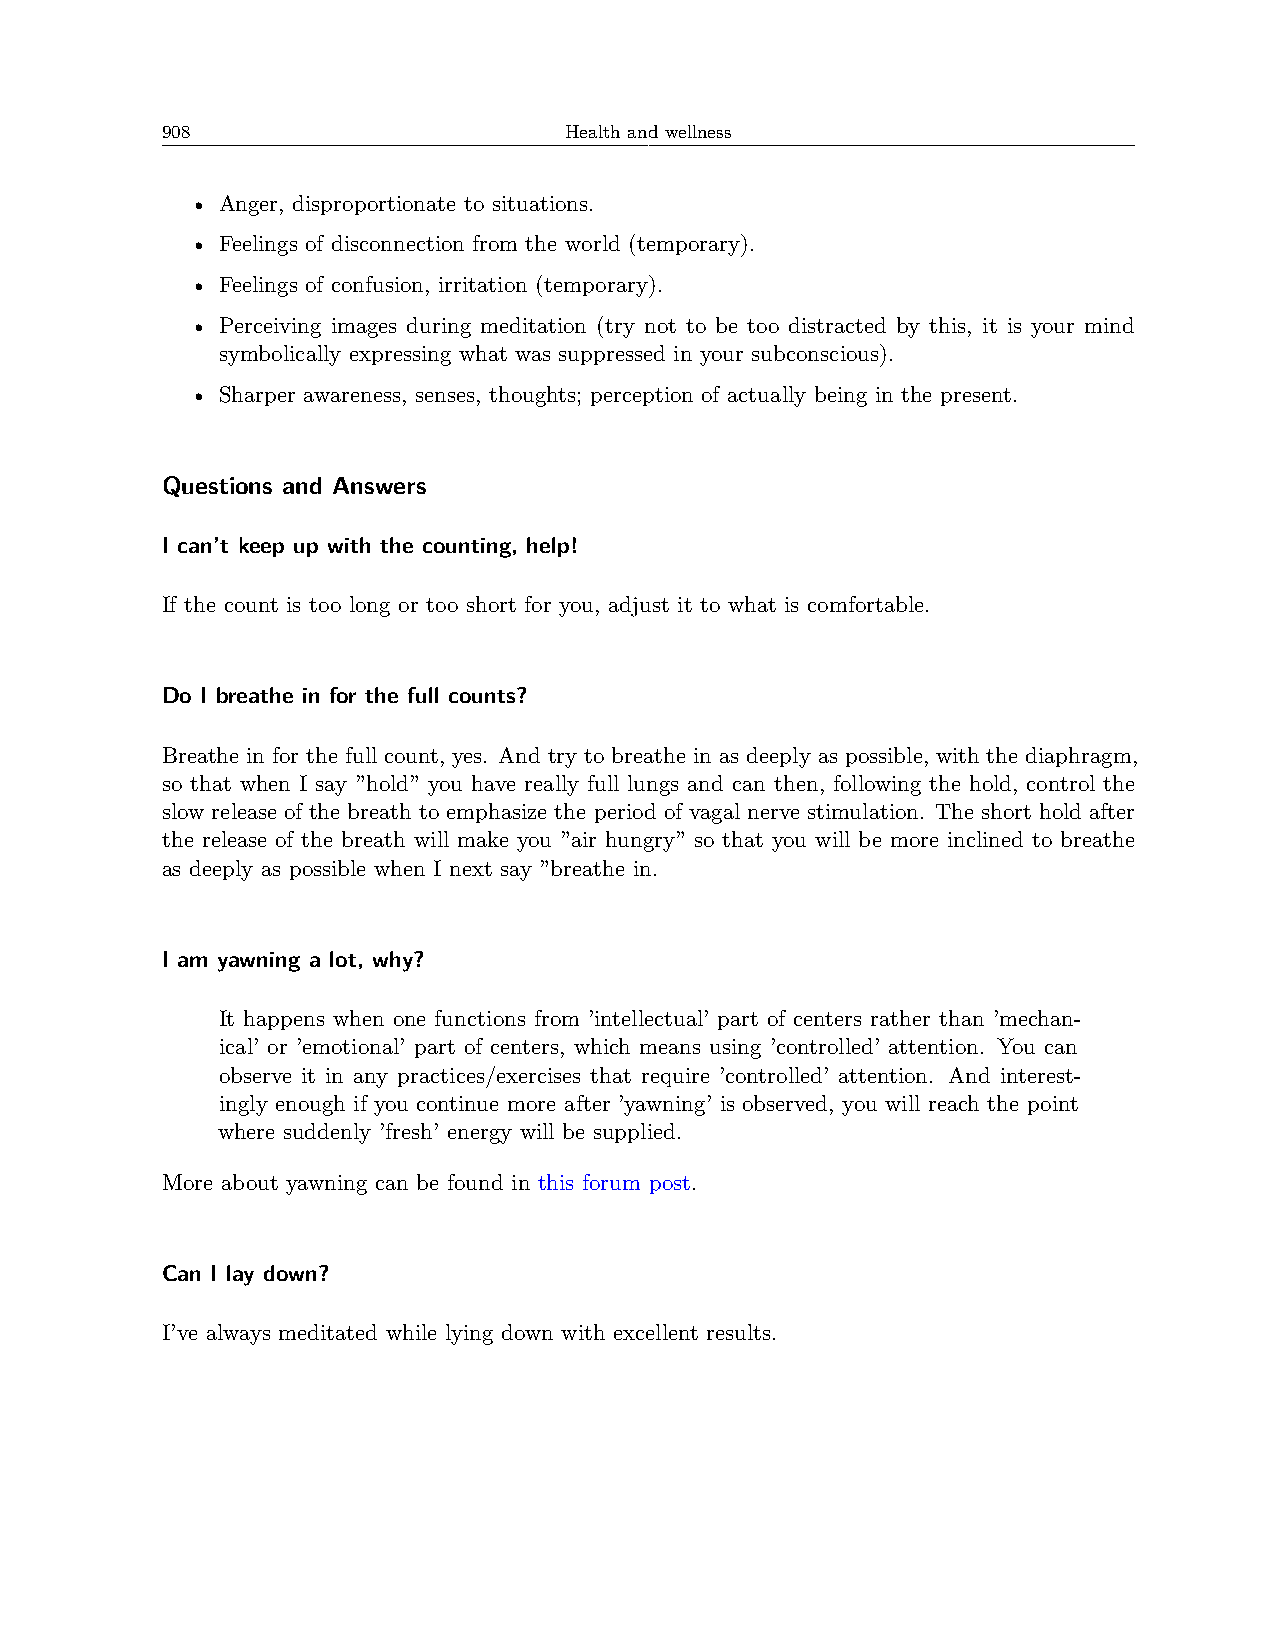
908                       Health and wellness
 • Anger, disproportionate to situations.
 • Feelings of disconnection from the world (temporary).
 • Feelings of confusion, irritation (temporary).
 • Perceiving images during meditation (try not to be too distracted by this, it is your mind
 symbolically expressing what was suppressed in your subconscious).
 • Sharper awareness, senses, thoughts; perception of actually being in the present.
 Questions and Answers
 I can’t keep up with the counting, help!
 If the count is too long or too short for you, adjust it to what is comfortable.
 Do I breathe in for the full counts?
 Breathe in for the full count, yes. And try to breathe in as deeply as possible, with the diaphragm,
 so that when I say ”hold” you have really full lungs and can then, following the hold, control the
 slow release of the breath to emphasize the period of vagal nerve stimulation. The short hold after
 the release of the breath will make you ”air hungry” so that you will be more inclined to breathe
 as deeply as possible when I next say ”breathe in.
 I am yawning a lot, why?
 It happens when one functions from ’intellectual’ part of centers rather than ’mechan-
 ical’ or ’emotional’ part of centers, which means using ’controlled’ attention. You can
 observe it in any practices/exercises that require ’controlled’ attention. And interest-
 ingly enough if you continue more after ’yawning’ is observed, you will reach the point
 where suddenly ’fresh’ energy will be supplied.
 More about yawning can be found in this forum post.
 Can I lay down?
 I’ve always meditated while lying down with excellent results.